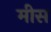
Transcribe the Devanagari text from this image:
मीस